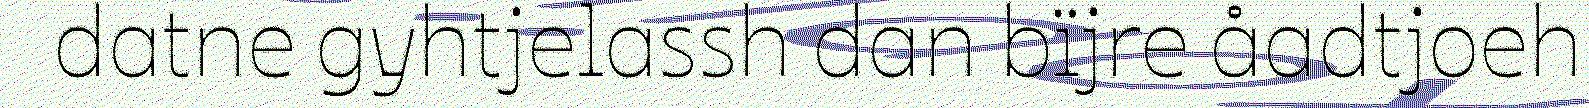
datne gyhtjelassh dan bïjre åadtjoeh